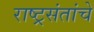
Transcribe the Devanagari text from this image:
राष्ट्रसंतांचे